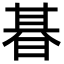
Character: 㫷